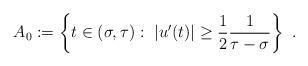
LaTeX: \begin{align*}A_0:=\left\{ t\in(\sigma,\tau):~|u^{\prime}(t)|\geq\frac{1}{2}\frac{1}{\tau-\sigma}\right\} ~. \end{align*}